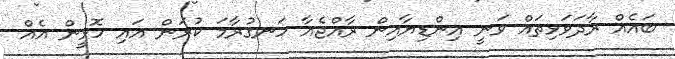
ބައެއް ރާދަވަޅިތައް ވަނީ އިންޑިޔާއިން ރާއްޖެއާ ހަނގުރާމަ ކުރަން އައި ހޮޅީން އެއް